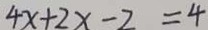
4 x + 2 x - 2 = 4